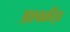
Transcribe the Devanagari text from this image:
अश्वक्रीड़ा